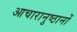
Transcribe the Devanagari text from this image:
आचारानुष्ठानों